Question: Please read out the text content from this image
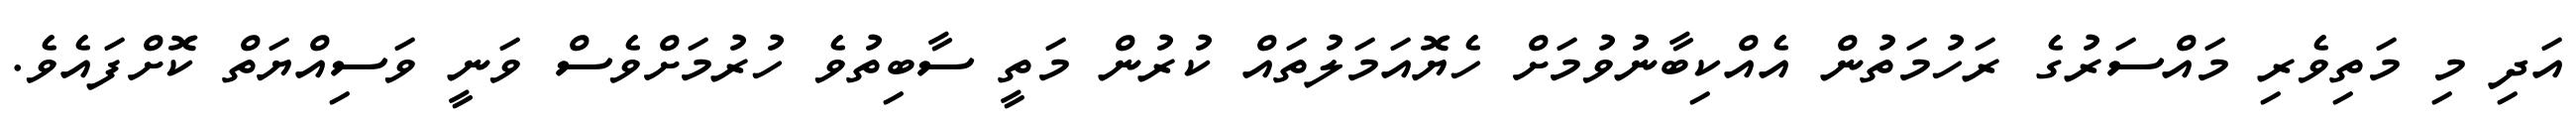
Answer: އަދި މި މަތިވެރި މައްސަރުގެ ރަހުމަތުން އެއްކިބާނުވުމަށް ހެޔޮއަމަލުތައް ކުރުން މަތީ ސާބިތުވެ ހުރުމަށްވެސް ވަނީ ވަސިއްޔަތް ކޮށްފައެވެ.